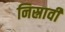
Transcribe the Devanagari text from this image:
निस्रावी